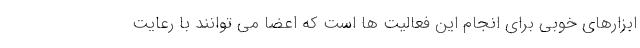
ابزارهای خوبی برای انجام این فعالیت ها است که اعضا می توانند با رعایت